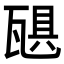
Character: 𪼻